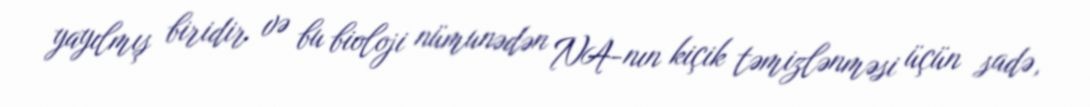
yayılmış biridir və bu bioloji nümunədən NA-nın kiçik təmizlənməsi üçün sadə,